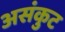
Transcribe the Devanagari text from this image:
असंकुट